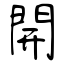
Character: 開